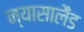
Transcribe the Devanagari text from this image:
न्यासालैंड